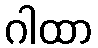
ဂါထာ